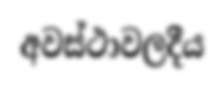
අවස්ථාවලදීය